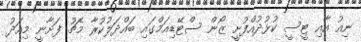
ނިއު އާއި ޓީސީ ކުޅުދުއްފުށީ ޒޯން ސްޓޭޑިއަމްގައި ބައްދަލުކުރާ މެޗު ފަށާނީ މިއަދު